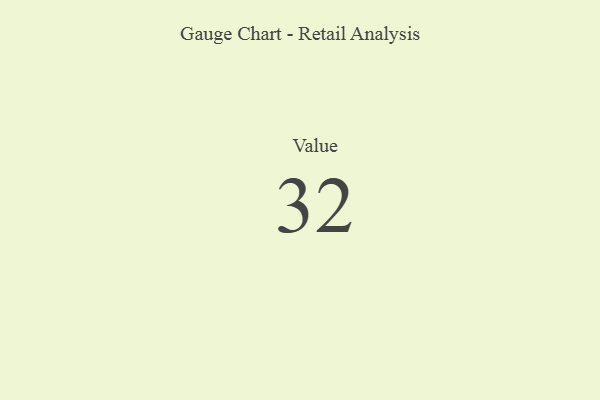
{"axis": {"x": "Metric", "y": "Value"}, "legend": [""], "data": [{"x": "Value", "y": 32, "type": ""}]}